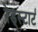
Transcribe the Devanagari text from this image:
रेड्स्टार्ट